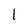
Character: 1